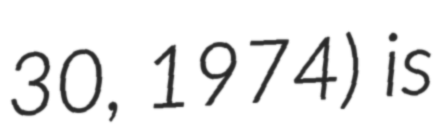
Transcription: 30, 1974) is